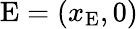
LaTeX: \mathrm{E}=(x_{\mathrm{E}},0)